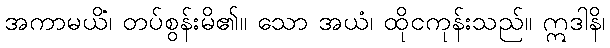
အကာမယိံ၊ တပ်စွန်းမိ၏။ သော အယံ၊ ထိုငကုန်းသည်။ ဣဒါနိ၊